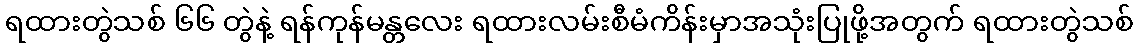
ရထားတွဲသစ် ၆၆ တွဲနဲ့ ရန်ကုန်မန္တလေး ရထားလမ်းစီမံကိန်းမှာအသုံးပြုဖို့အတွက် ရထားတွဲသစ်